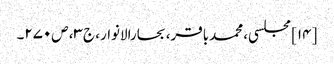
[۱۴] مجلسی، محمدباقر، بحارالانوار، ج‌۳، ص‌۲۷۰۔